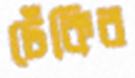
ঢেঁকির